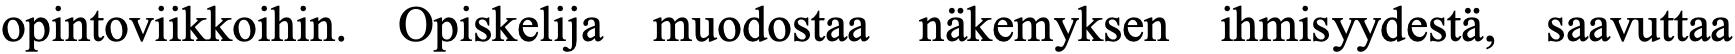
opintoviikkoihin. Opiskelija muodostaa näkemyksen ihmisyydestä, saavuttaa